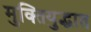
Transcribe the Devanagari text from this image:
मुक्तियुद्धात